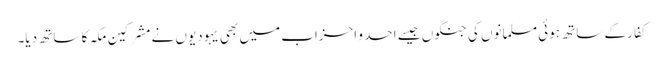
کفار کے ساتھ ہوئی مسلمانوں کی جنگوں جیسے احد و احزاب میں بھی یہودیوں نے مشرکین مکہ کا ساتھ دیا۔